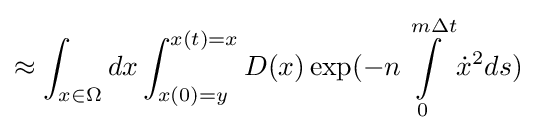
\approx \int _{x\in \Omega }dx\int _{x(0)=y}^{x(t)=x}{D}(x)\exp(-n\int \limits _{0}^{m\Delta t}{\dot {x}}^{2}ds)